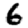
Digit: 6